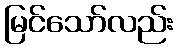
မြင်သော်လည်း